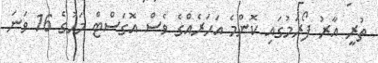
ތުރީ އާރު ފޯރަމުގައި ކޮންމެ އަހަރެއްގެ ވެސް އޮގަސްޓް މަހުގެ 16 ވަނަ